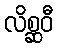
လိစ္ဆဝီ